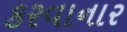
કરવાનાર